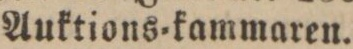
Auktions=kammaren.